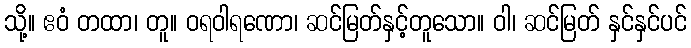
သို့။ ဧဝံ တထာ၊ တူ။ ဝရဝါရဏော၊ ဆင်မြတ်နှင့်တူသော။ ဝါ၊ ဆင်မြတ် နှင်နှင်ပင်